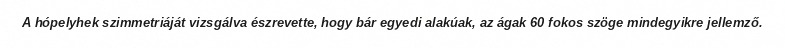
A hópelyhek szimmetriáját vizsgálva észrevette, hogy bár egyedi alakúak, az ágak 60 fokos szöge mindegyikre jellemző.